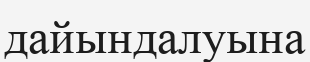
дайындалуына